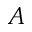
{ \cal A }